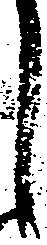
し